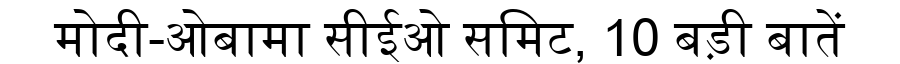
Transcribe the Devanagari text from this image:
मोदी-ओबामा सीईओ समिट, 10 बड़ी बातें